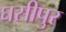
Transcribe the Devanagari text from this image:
घसीपुर